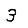
Digit: 3